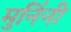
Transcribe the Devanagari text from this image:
मुनिंनी